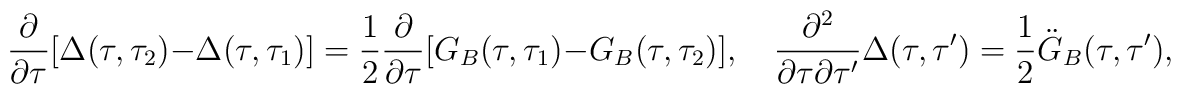
\frac{\partial}{\partial\tau}[\Delta(\tau,\tau_2)-\Delta(\tau,\tau_1)]={1\over2}\frac{\partial}{\partial\tau}[G_B(\tau,\tau_1)- G_B(\tau,\tau_2)],\quad\frac{\partial^2}{\partial\tau\partial\tau'}\Delta(\tau,\tau')= {1\over 2}\ddot{G}_B(\tau,\tau'),